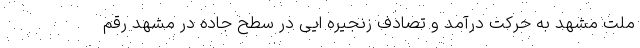
ملت مشهد به حرکت درآمد و تصادف زنجیره ایی در سطح جاده در مشهد رقم